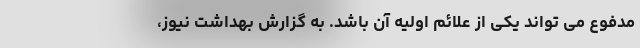
مدفوع می تواند یکی از علائم اولیه آن باشد. به گزارش بهداشت نیوز،